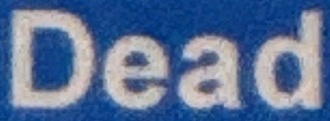
Dead